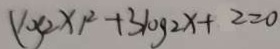
\log 2 x _ { 1 } ^ { 2 } + 3 \log 2 x + 2 = 0